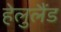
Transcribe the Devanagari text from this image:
हेलुलैंड